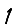
Digit: 1